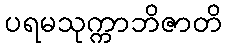
ပရမသုက္ကာဘိဇာတိ